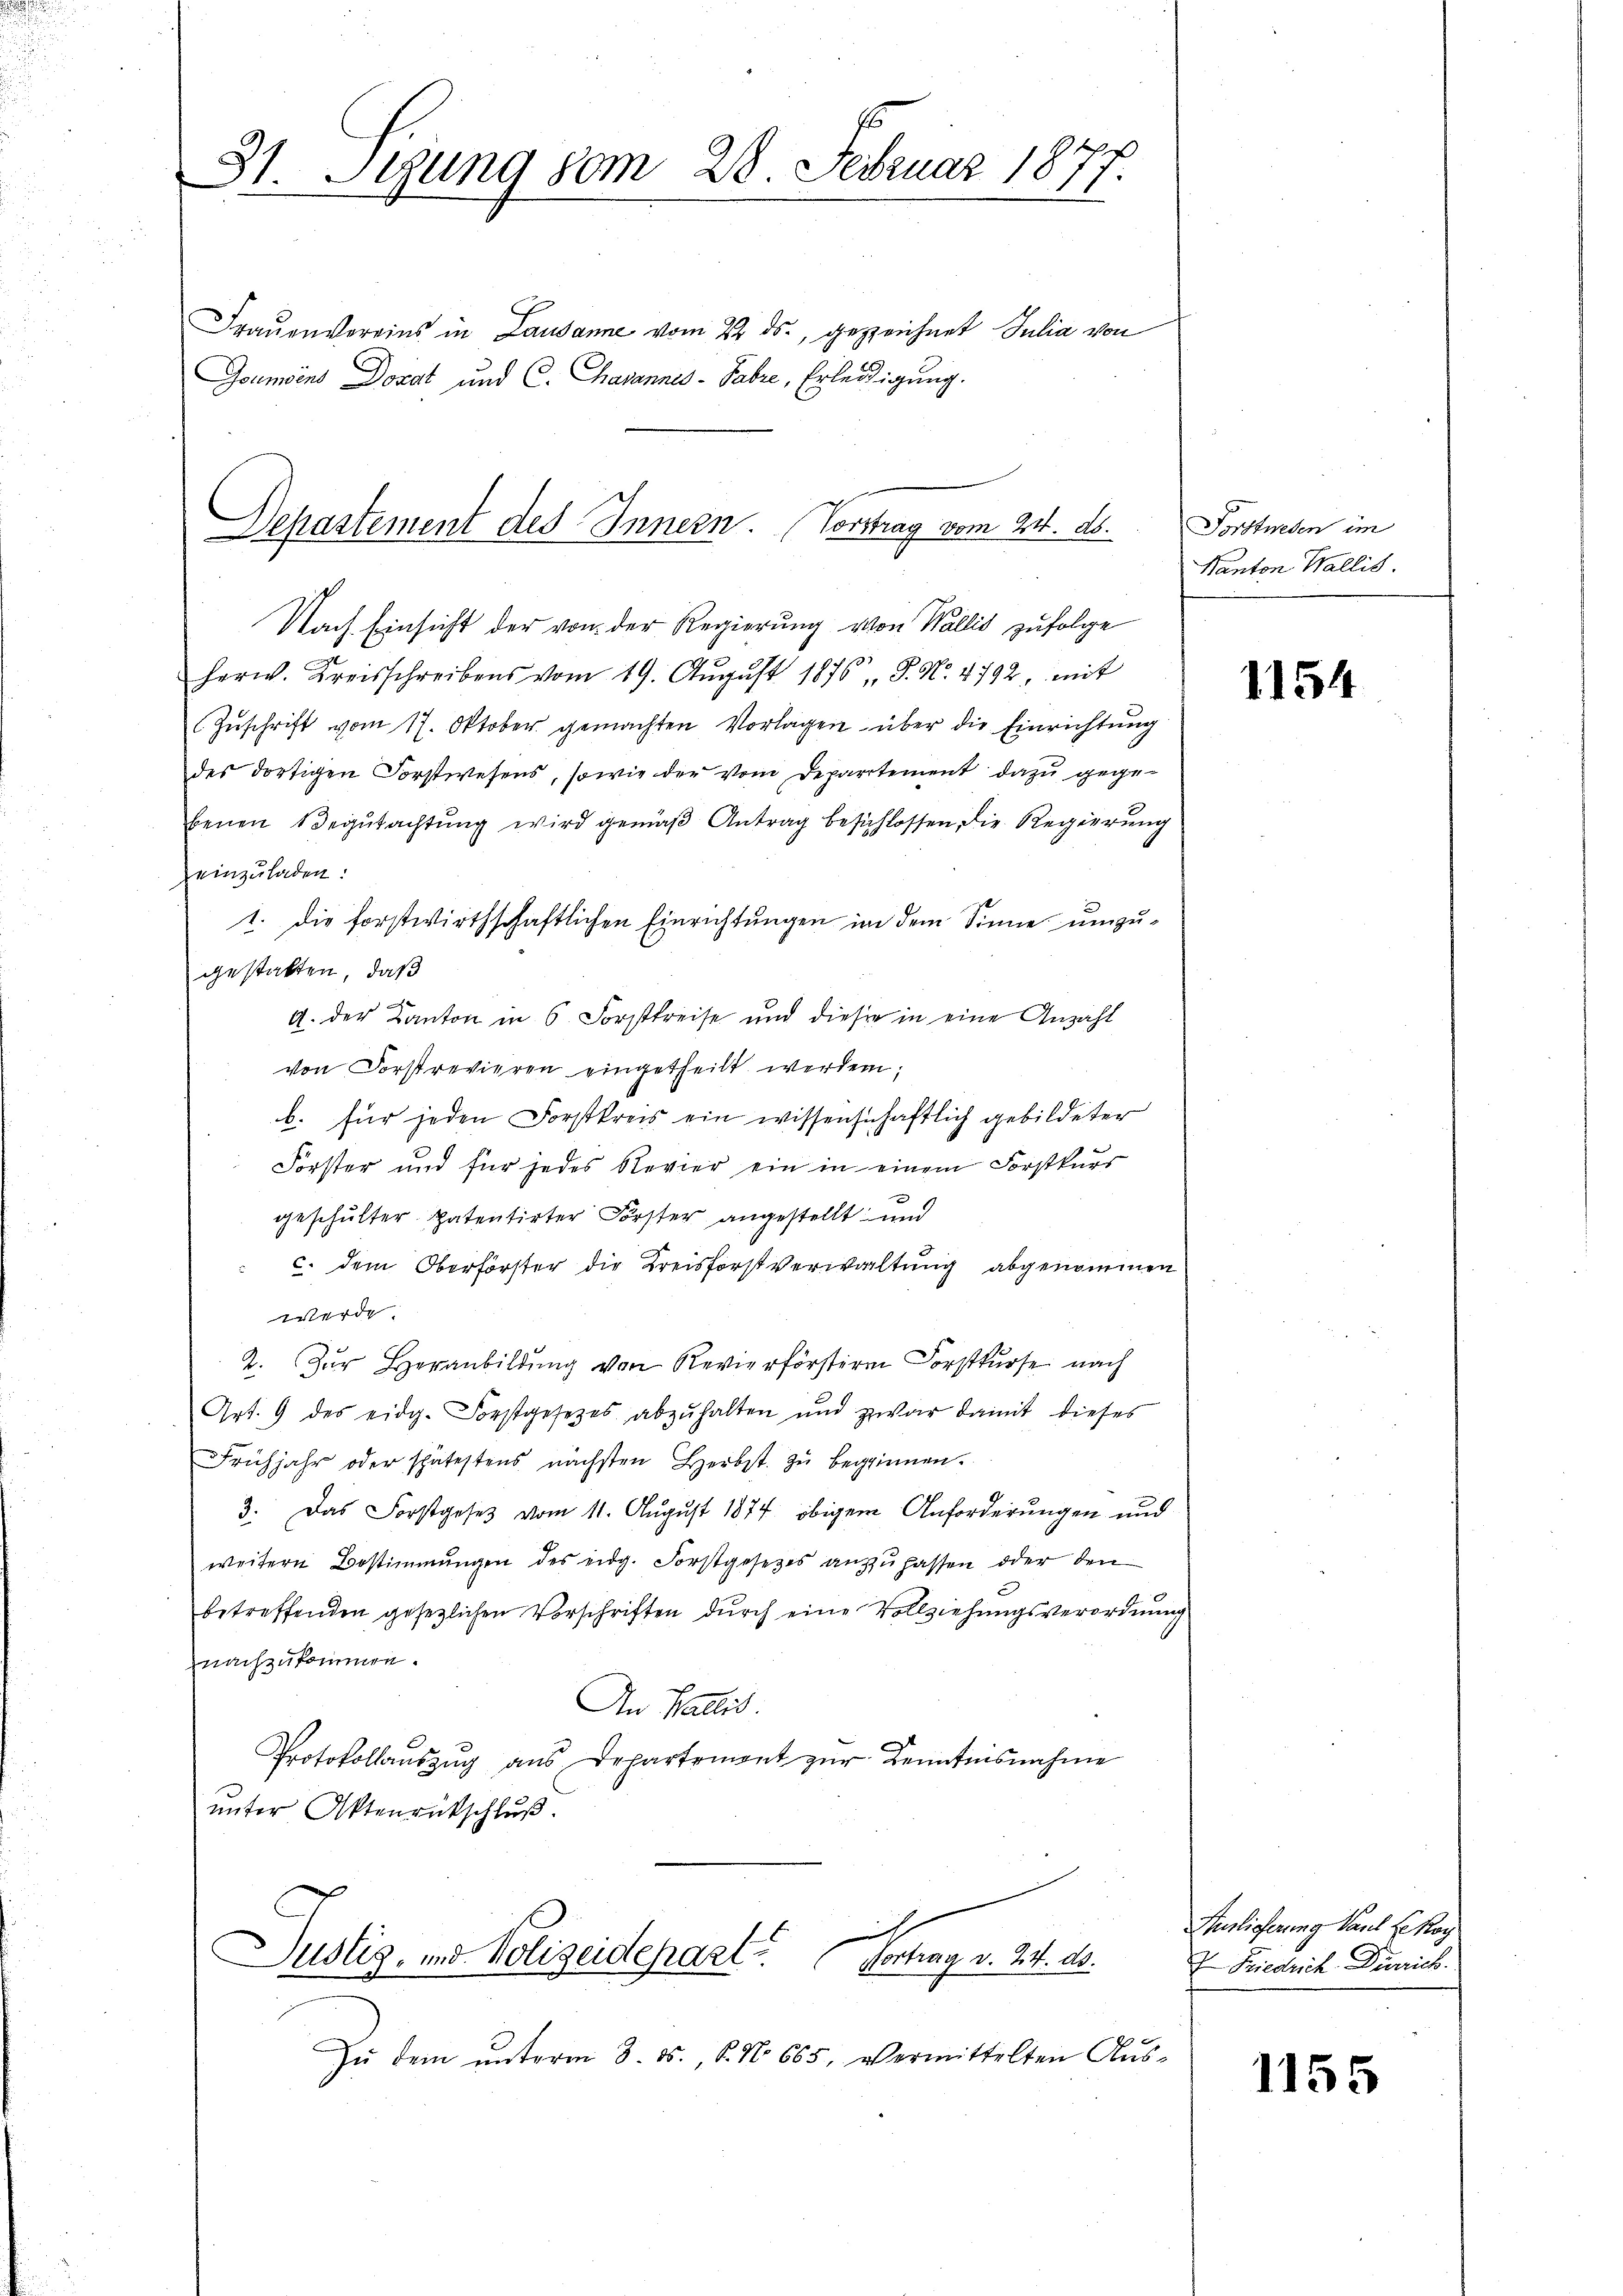
E
31. Leung 80m 28. Februar 1877.

Frauenvereins in Lausanne vom 22. ds., gezeichnet Julia von
Goumoins Dozat und C. Hasannes-Sabre, Erledigung.

Nach Einsicht der von der Regierung von Wallis zufolge
herw. Kreisschreibens vom 19. Aŭgŭst 1876 S. No. 4792, mit
Zŭschrift vom 17. Oktober gemachten Vorlagen über die Einrichtung
des dortigen Forstwesens, sowie der vom Departement dazu gegebenen Begutachtung wird gemäß Antrag beschlossen, die Regierung
zeinzuladen:
1. die forstwirthschaftlichen Einrichtungen in dem Sinne umzugestatten, daß
G. der Kanton in 6. Forstkreise und dieser in eine Anzahl
von Forstrevieren eingetheilt werden;
b. für jeden Forstkreis ein wissenschaftlich gebildeter
Forster und für jedes Revier ein in einem Forstkurs
geschulter Patentirter Förster angestellt und
 c. dem Oberförster die Kreisforstverwaltung abgenommen
werde
2. Zŭr Heranbildŭng von Revierförstern Forstkŭrse nach
Art. 9 des eidg. Forstgesetzes abzuhalten und zwar damit dieses
Frühjahr oder spätestens nächsten Herbst. zŭ begriennen.
3. Das Forstgesetz vom 11. August 1874 obigem Anforderungen und
weitern Bestimmungen des eidg. Forstgesetzes anzufassen oder den
betreffenden gesetzlichen Vorschriften durch eine Vollziehungsverordnung
nachzukommen.
An Wallis
Protokollaŭszŭg aŭs Departemont zŭr Kenntnisnahme
unter Aktenrückschluß.

Separtement des Innern. Vorstrag vom 24. ds.

e
Justiz- und Polizeidepart (Vortrag v. 24. ds.

Zŭ dem ŭnterm 3. 85. 6. No 665, vermittelten Aus¬

Forstwesen im
Kanton Wallis.

1154

Auslieferung Paul se Kog
I Frieduck-Dinrich.

1155